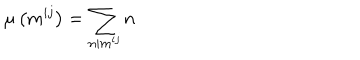
LaTeX: \mu \left( m ^ { i j } \right) = \sum _ { n | m ^ { i j } } n